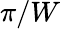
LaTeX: \pi/W